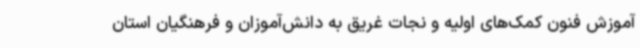
آموزش فنون کمک‌های اولیه و نجات غریق به دانش‌آموزان و فرهنگیان استان